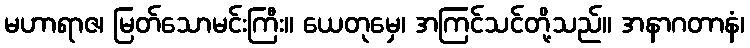
မဟာရာဇ၊ မြတ်သောမင်းကြီး။ ယေတုမှေ၊ အကြင်သင်တို့သည်။ အနာဂတာနံ၊